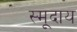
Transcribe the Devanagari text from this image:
स्मूदाय